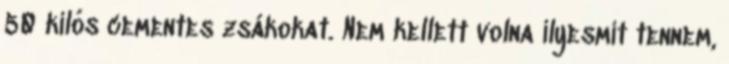
50 kilós cementes zsákokat. Nem kellett volna ilyesmit tennem,